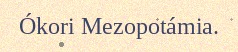
Ókori Mezopotámia.